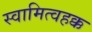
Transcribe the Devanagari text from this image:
स्वामित्वहक्क